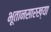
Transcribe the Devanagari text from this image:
भूतानसारख्या